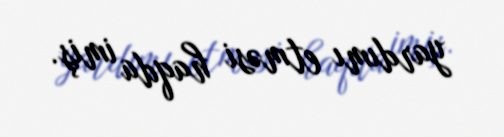
yardımı etməsi haqda imiş.